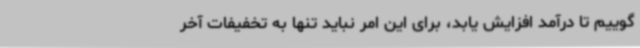
‌گوییم تا درآمد افزایش یابد، برای این امر نباید تنها به تخفیفات آخر